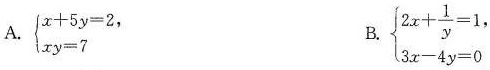
A. $$\begin {cases}